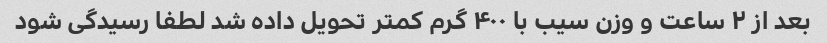
بعد از ۲ ساعت و وزن سیب با ۴۰۰ گرم کمتر تحویل داده شد لطفا رسیدگی شود